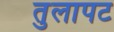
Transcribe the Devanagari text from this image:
तुलापट